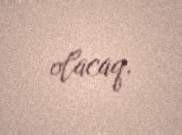
olacaq.